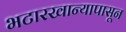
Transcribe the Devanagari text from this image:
भटारखान्यापासून